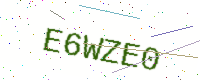
Text: E6WZE0